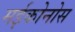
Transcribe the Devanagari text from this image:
मईकोनोस